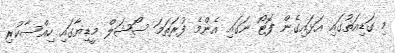
މި ގަޑިއަތުގައި އަޅަައިގެން ފޮޓޯ ނަގައި އެންމެ ފުރަތަމަ ސޯޝަލް މީޑިޔާގައި ހިއްސާކުރި